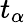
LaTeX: t_{\alpha}